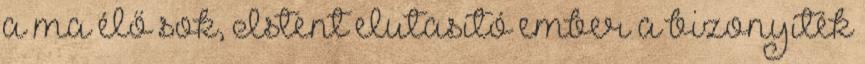
a ma élő sok, Istent elutasító ember a bizonyíték